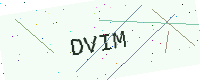
Text: DVIM